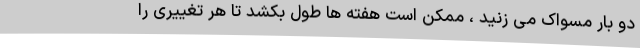
دو بار مسواک می زنید ، ممکن است هفته ها طول بکشد تا هر تغییری را